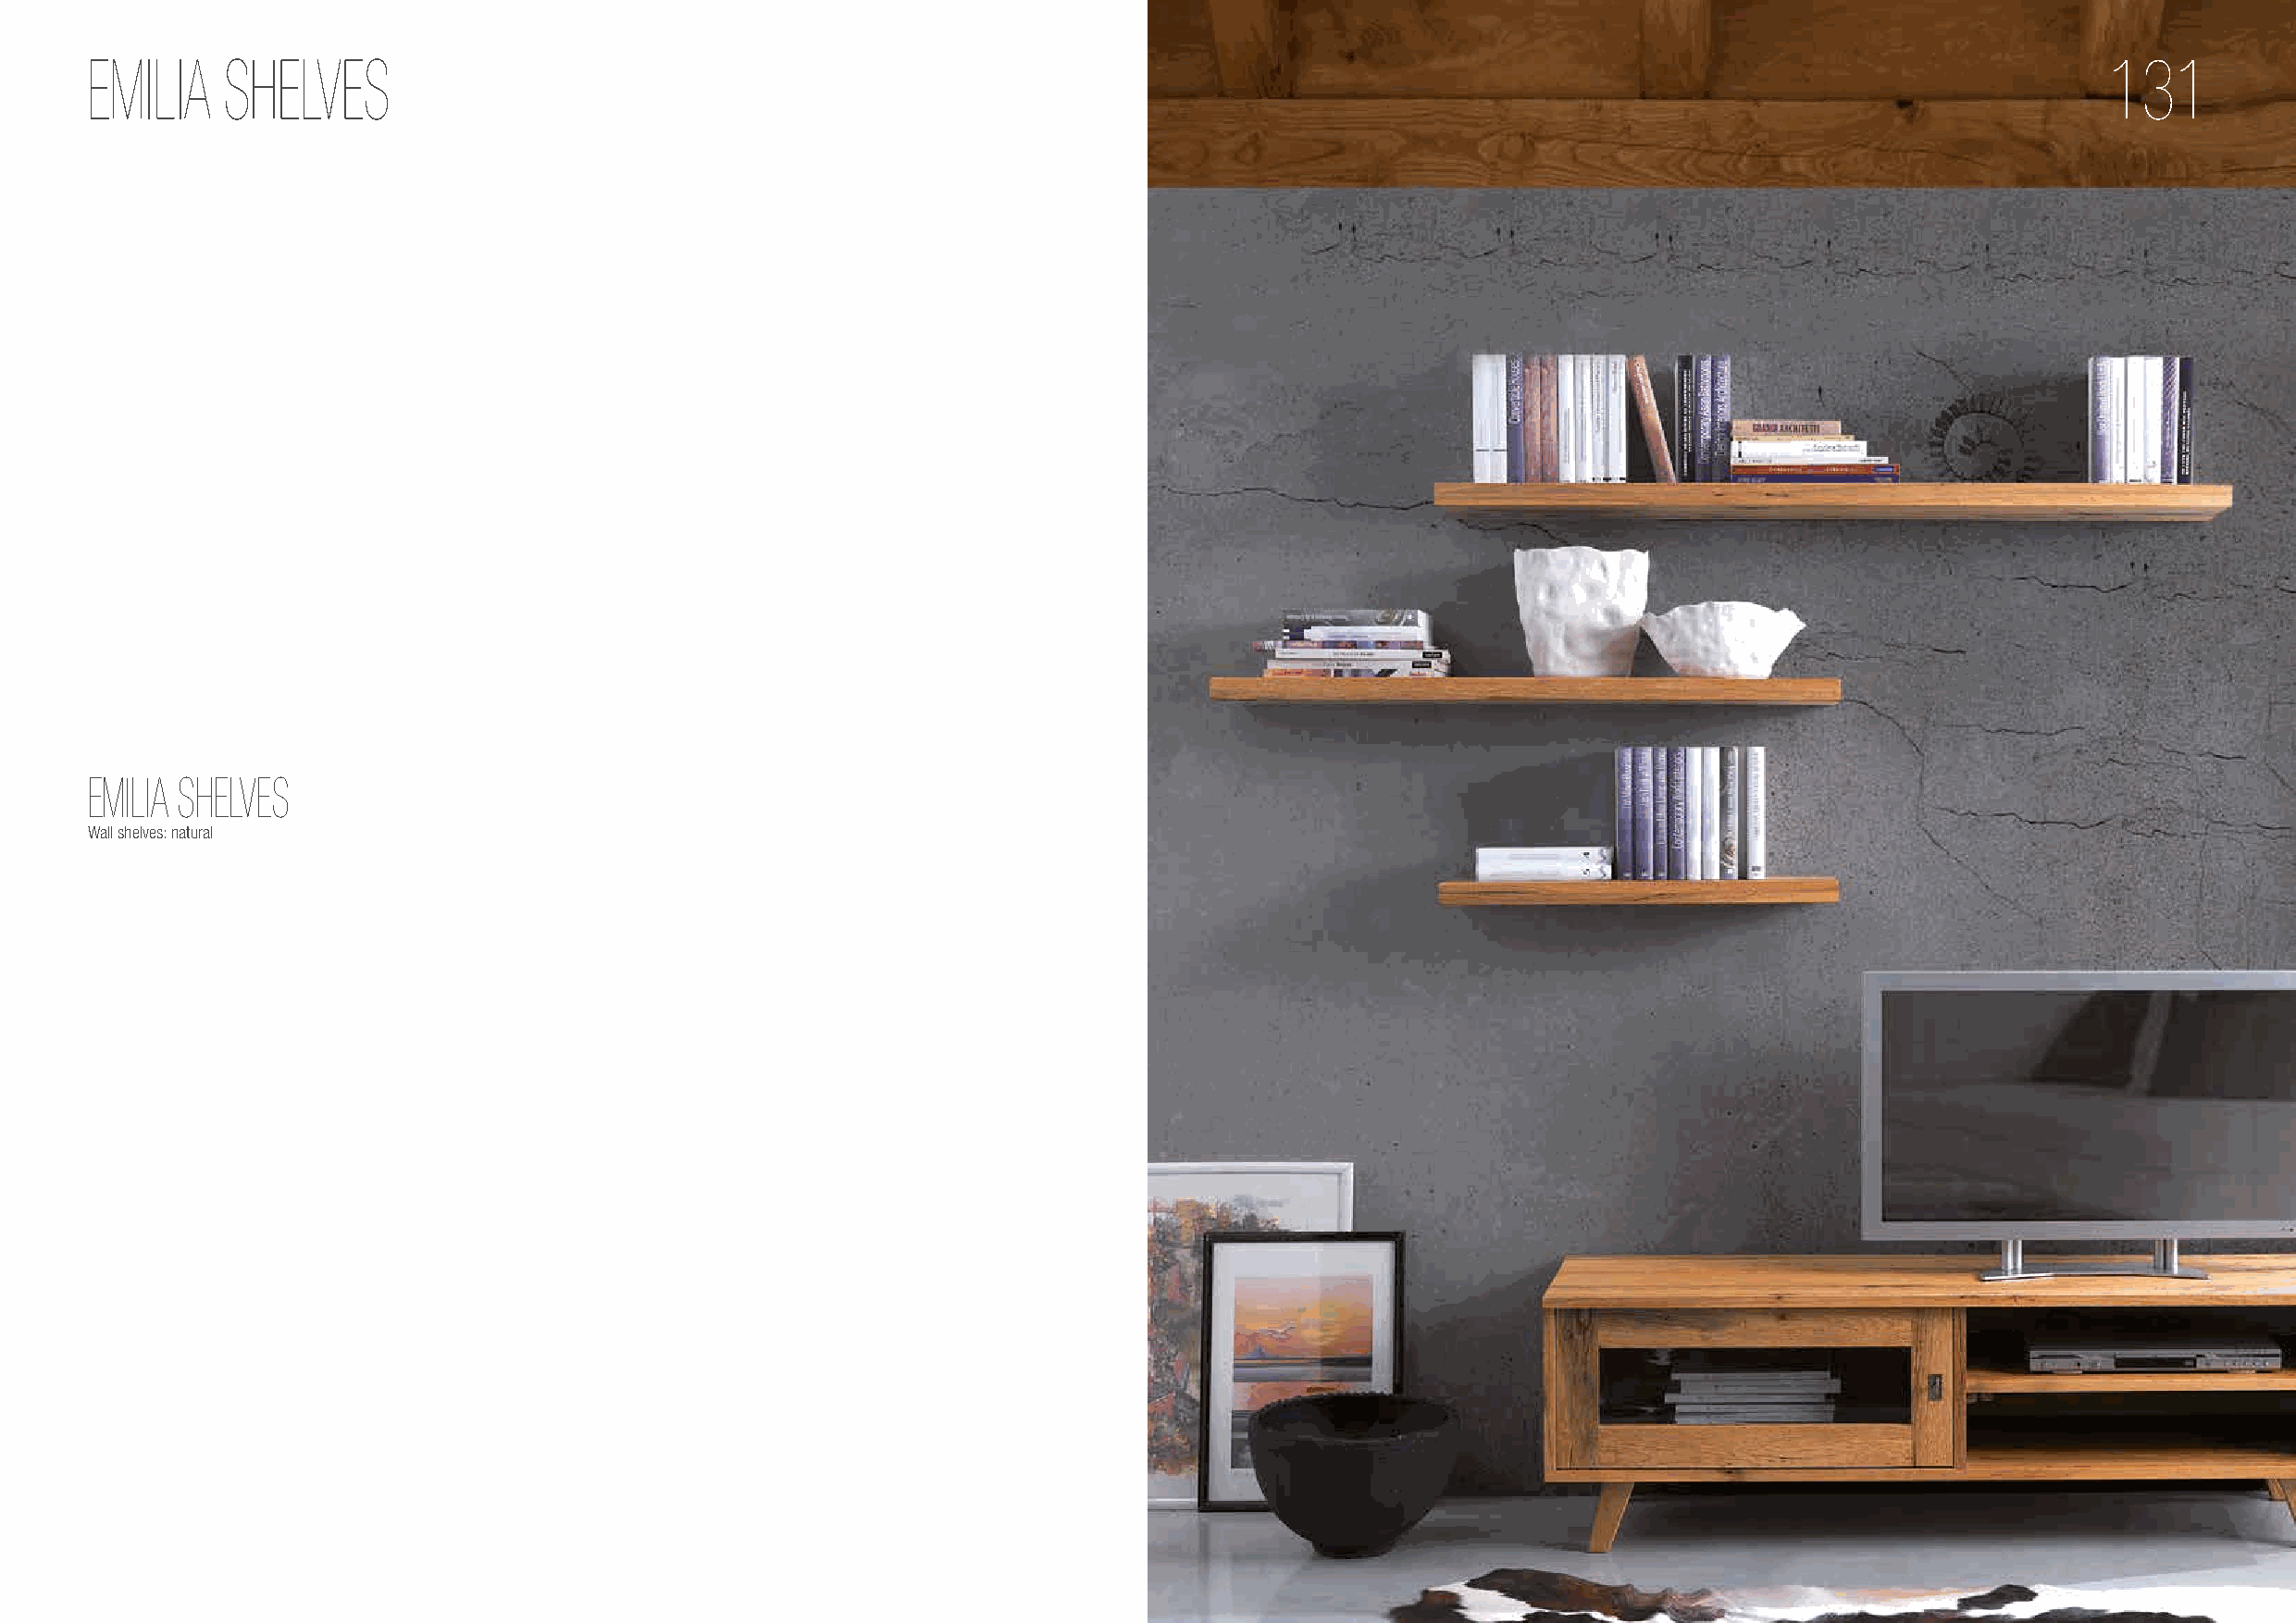
EMILIA    SHELVES                                                                                                                                131
 EMILIA SHELVES
 Wall shelves: natural